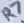
Text: R7